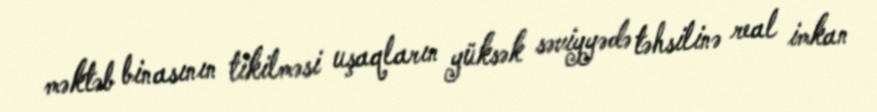
məktəb binasının tikilməsi uşaqların yüksək səviyyədə təhsilinə real imkan